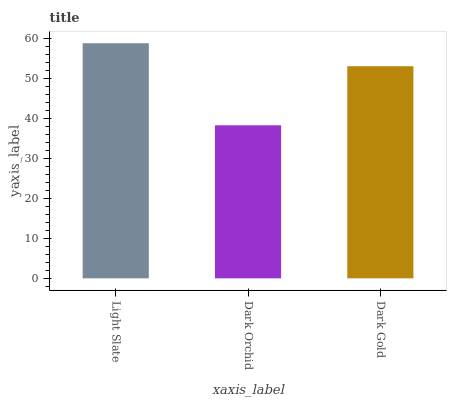
| xaxis_label | bars |
 | --- | --- |
 | Light Slate | 58.8 |
 | Dark Orchid | 38.3 |
 | Dark Gold | 53.1 |